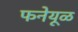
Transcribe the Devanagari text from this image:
फनेयूळ